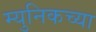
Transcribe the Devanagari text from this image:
म्युनिकच्या